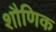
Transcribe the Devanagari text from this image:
शौणिक